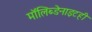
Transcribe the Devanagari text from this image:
मॉलिब्डेनाइटही